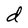
Character: d